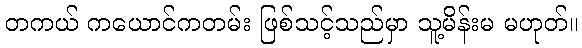
တကယ် ကယောင်ကတမ်း ဖြစ်သင့်သည်မှာ သူ့မိန်းမ မဟုတ်။